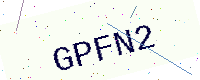
Text: GPFN2